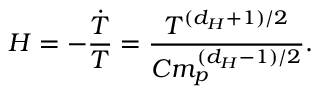
H = - \frac { \dot { T } } { T } = \frac { T ^ { ( d _ { H } + 1 ) / 2 } } { C m _ { p } ^ { ( d _ { H } - 1 ) / 2 } } .